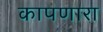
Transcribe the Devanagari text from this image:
कापणारा